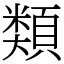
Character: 𩔖